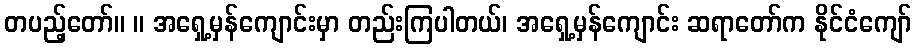
တပည့်တော်။ ။ အရှေ့မှန်ကျောင်းမှာ တည်းကြပါတယ်၊ အရှေ့မှန်ကျောင်း ဆရာတော်က နိုင်ငံကျော်